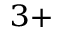
^ { 3 + }